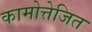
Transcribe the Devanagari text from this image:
कामोत्तेजित